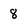
Character: 8